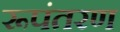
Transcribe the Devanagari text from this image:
रूपंतरण